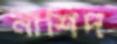
নাশিদ